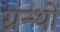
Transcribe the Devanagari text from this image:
ग्रन्थाें